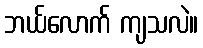
ဘယ်လောက် ကျသလဲ။